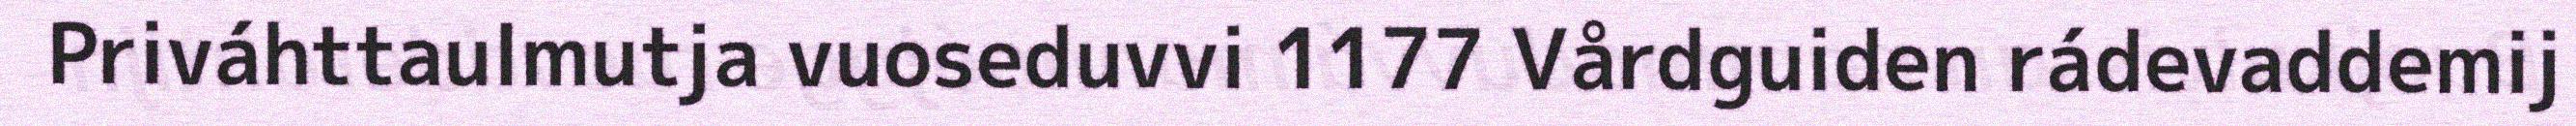
Priváhttaulmutja vuoseduvvi 1177 Vårdguiden rádevaddemij